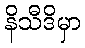
နိသီဒိမှာ